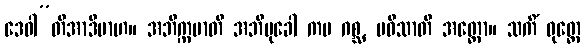
ဒေဝါ”တိအာဒိမာဟ။ အဘိက္ကမာတိ အဘိမုခေါ ကမ ဂစ္ဆ, ပဝိသာတိ အတ္ထော။ သကိံ ဝုတ္တေ